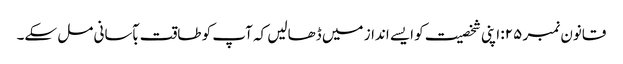
قانون نمبر ۲۵: اپنی شخصیت کو ایسے انداز میں ڈھالیں کہ آپ کو طاقت بآسانی مل سکے۔